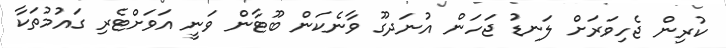
ކުރިން ޖެހިވަރަށް ލަނޑު ޖަހަން އުނަދގޫ ވާނެކަން ބޫޓާން ވަނީ އަވަށްޓެރި ގައުމުތަކާ